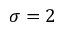
\sigma = 2